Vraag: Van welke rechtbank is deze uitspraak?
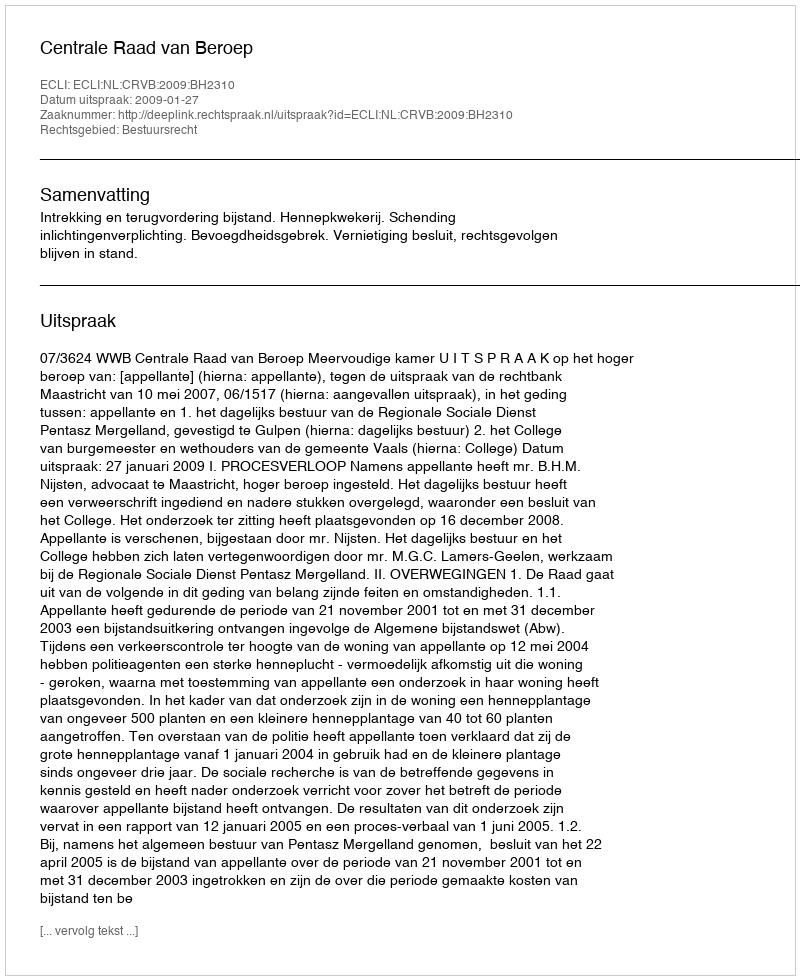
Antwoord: Centrale Raad van Beroep